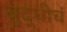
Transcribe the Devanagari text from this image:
बुद्धीचं